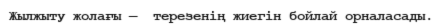
Жылжыту жолағы —  терезенің жиегін бойлай орналасады.